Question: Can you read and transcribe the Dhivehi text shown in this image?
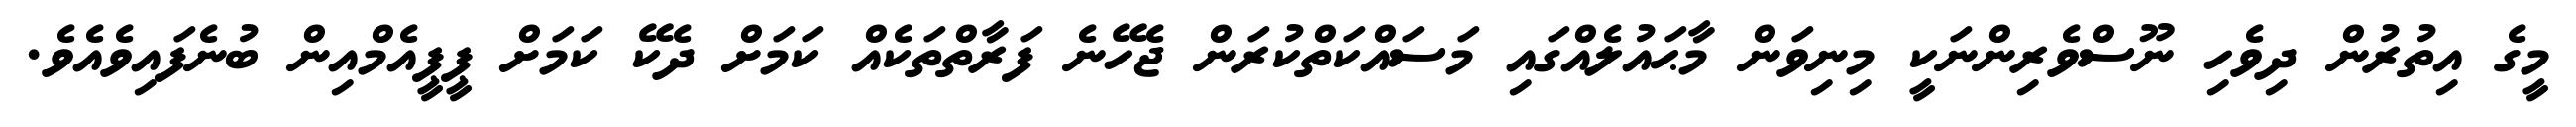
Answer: މީގެ އިތުރުން ދިވެހި ނޫސްވެރިންނަކީ މިނިވަން މާޙައުލެއްގައި މަސައްކަތްކުރަން ޖެހޭނެ ފަރާތްތަކެއް ކަމަށް ދެކޭ ކަމަށް ޕީޕީއެމްއިން ބުނެފައިވެއެވެ.